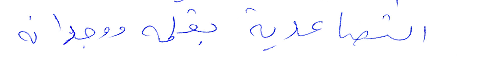
التصاعدية بقلمه ووجدانه